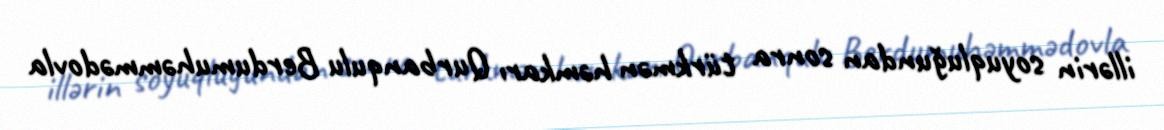
illərin soyuqluğundan sonra türkmən həmkarı Qurbanqulu Berdumuhəmmədovla